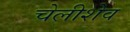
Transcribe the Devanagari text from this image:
चेलीशेव